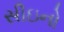
સીઇનો